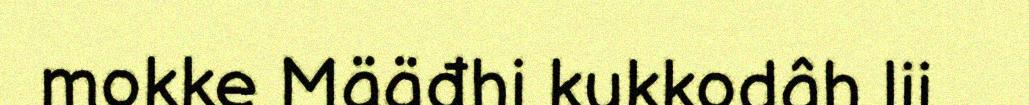
mokke Määđhi kukkodâh lii